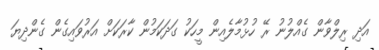
އަދި ރިލްވާން ގެއްލުނު ރޭ ހުޅުމާލެއިން މީހަކު ގަދަކަމުން ކާރަކަށް އަރުވައިގެން ގެންދިޔަ